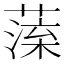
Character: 𦺁